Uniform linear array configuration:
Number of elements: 48
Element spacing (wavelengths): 0.25
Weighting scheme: hann
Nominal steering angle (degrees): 45
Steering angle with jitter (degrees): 44.52
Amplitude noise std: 0.05
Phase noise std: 0.05

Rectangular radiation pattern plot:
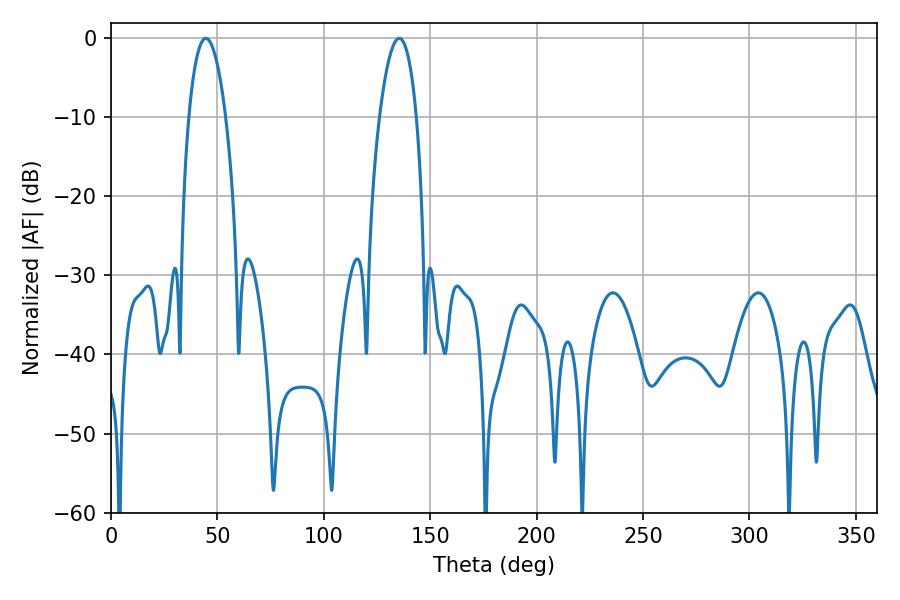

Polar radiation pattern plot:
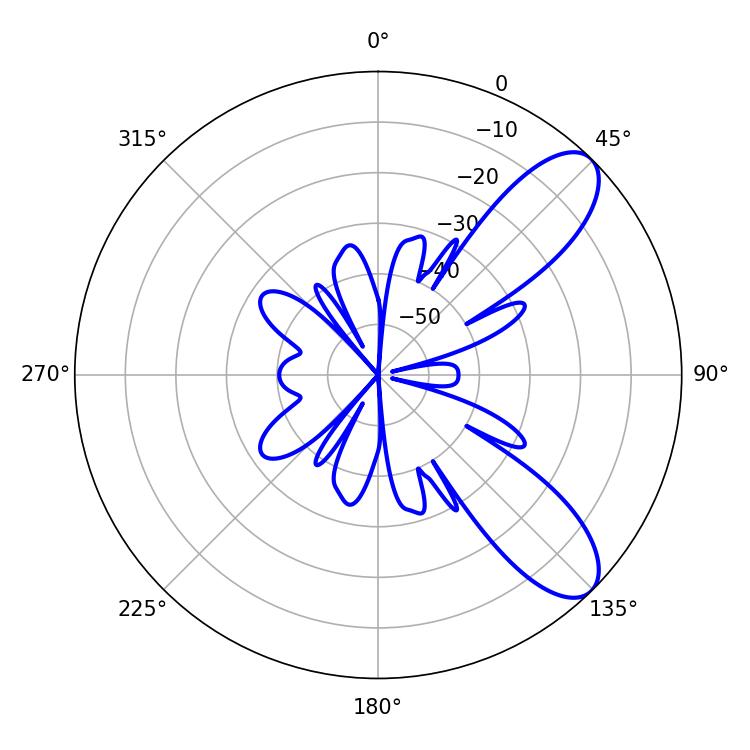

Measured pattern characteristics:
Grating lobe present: FALSE
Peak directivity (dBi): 8.973
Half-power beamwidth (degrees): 9.72
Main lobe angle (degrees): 44.64